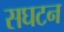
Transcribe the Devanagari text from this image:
सघटन